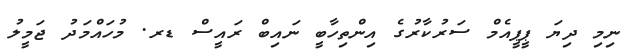
ނިމި ދިޔަ ޕީޕީއެމް ސަރުކާރުގެ އިންތިހާބީ ނައިބް ރައީސް ޑރ. މުހައްމަދު ޖަމީލު